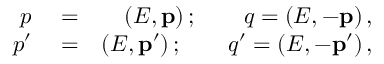
\begin{array} { r l r } { p } & { { } = } & { \left( E , \mathbf { p } \right) ; \qquad q = \left( E , - \mathbf { p } \right) , } \\ { p ^ { \prime } } & { { } = } & { \left( E , \mathbf { p } ^ { \prime } \right) ; \qquad q ^ { \prime } = \left( E , - \mathbf { p } ^ { \prime } \right) , } \end{array}